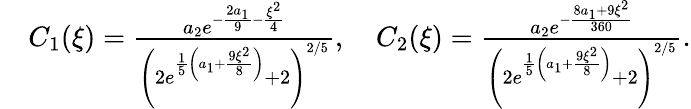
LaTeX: \begin{array}{rl}&{C_{1}(\xi)=\frac{a_{2}e^{-\frac{2a_{1}}{9}-\frac{\xi^{2}}{4}}}{\left(2e^{\frac{1}{5}\left(a_{1}+\frac{9\xi^{2}}{8}\right)}+2\right)^{2/5}},\quad C_{2}(\xi)=\frac{a_{2}e^{-\frac{8a_{1}+9\xi^{2}}{360}}}{\left(2e^{\frac{1}{5}\left(a_{1}+\frac{9\xi^{2}}{8}\right)}+2\right)^{2/5}}.}\end{array}